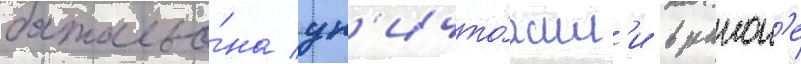
батальо́на ун'ичто́жил'и в раион'е